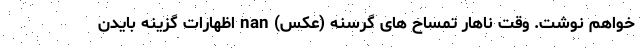
خواهم نوشت. وقت ناهار تمساح های گرسنه (عکس) nan اظهارات گزینه بایدن